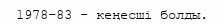
1978–83 - кеңесші болды.